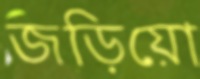
জড়িয়ো